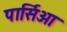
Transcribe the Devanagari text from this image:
पार्सिओ